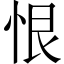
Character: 恨